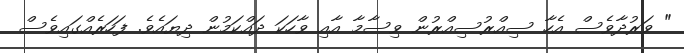
" ވަރުދާވެސް އެހާ ސިއްރުސިއްރުން ވިސާމާ އާއި ވާހަކަ ދައްކަމުން ދިޔައެވެ. ފަހަރެއްގައިވެސް